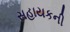
સહાયકની